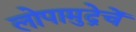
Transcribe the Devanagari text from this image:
लोपामुद्रेचें